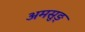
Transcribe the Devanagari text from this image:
अमसुङ्